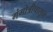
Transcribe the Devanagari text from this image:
गंगोत्रीपासून